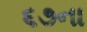
૬૭ના